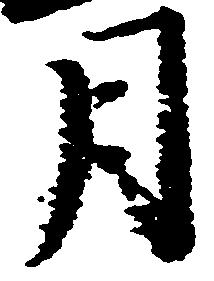
月